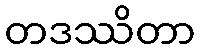
တဒဿိတာ